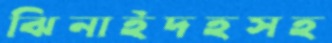
ঝিনাইদহসহ